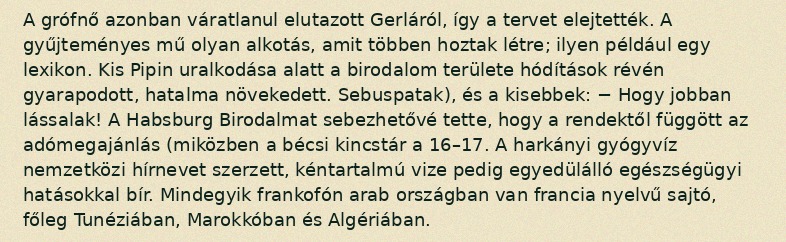
A grófnő azonban váratlanul elutazott Gerláról, így a tervet elejtették. A gyűjteményes mű olyan alkotás, amit többen hoztak létre; ilyen például egy lexikon. Kis Pipin uralkodása alatt a birodalom területe hódítások révén gyarapodott, hatalma növekedett. Sebuspatak), és a kisebbek: − Hogy jobban lássalak! A Habsburg Birodalmat sebezhetővé tette, hogy a rendektől függött az adómegajánlás (miközben a bécsi kincstár a 16–17. A harkányi gyógyvíz nemzetközi hírnevet szerzett, kéntartalmú vize pedig egyedülálló egészségügyi hatásokkal bír. Mindegyik frankofón arab országban van francia nyelvű sajtó, főleg Tunéziában, Marokkóban és Algériában.